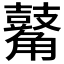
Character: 𪔝